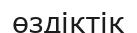
өздіктік